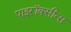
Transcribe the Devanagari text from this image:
पाइरॉक्सीन्स